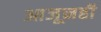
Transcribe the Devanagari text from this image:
आजूनही